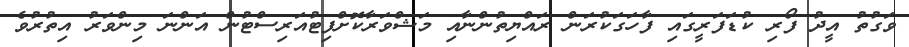
ވަގުތު އީދު ފޯރި ކުޑަފަރީގައި ފާހަގަކުރަން ރައްޔިތުންނާއި މަޝްވަރާކޮށްފިޓުއަރިސްޓުން އަންނަ މިންވަރު އިތުރުވެ